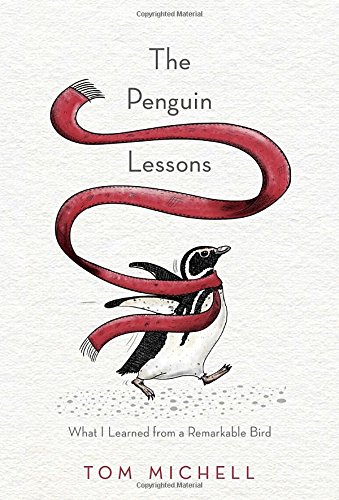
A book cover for The Penguin Lessons: What I Learned from a Remarkable Bird; Tom Michell; Crafts, Hobbies & Home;